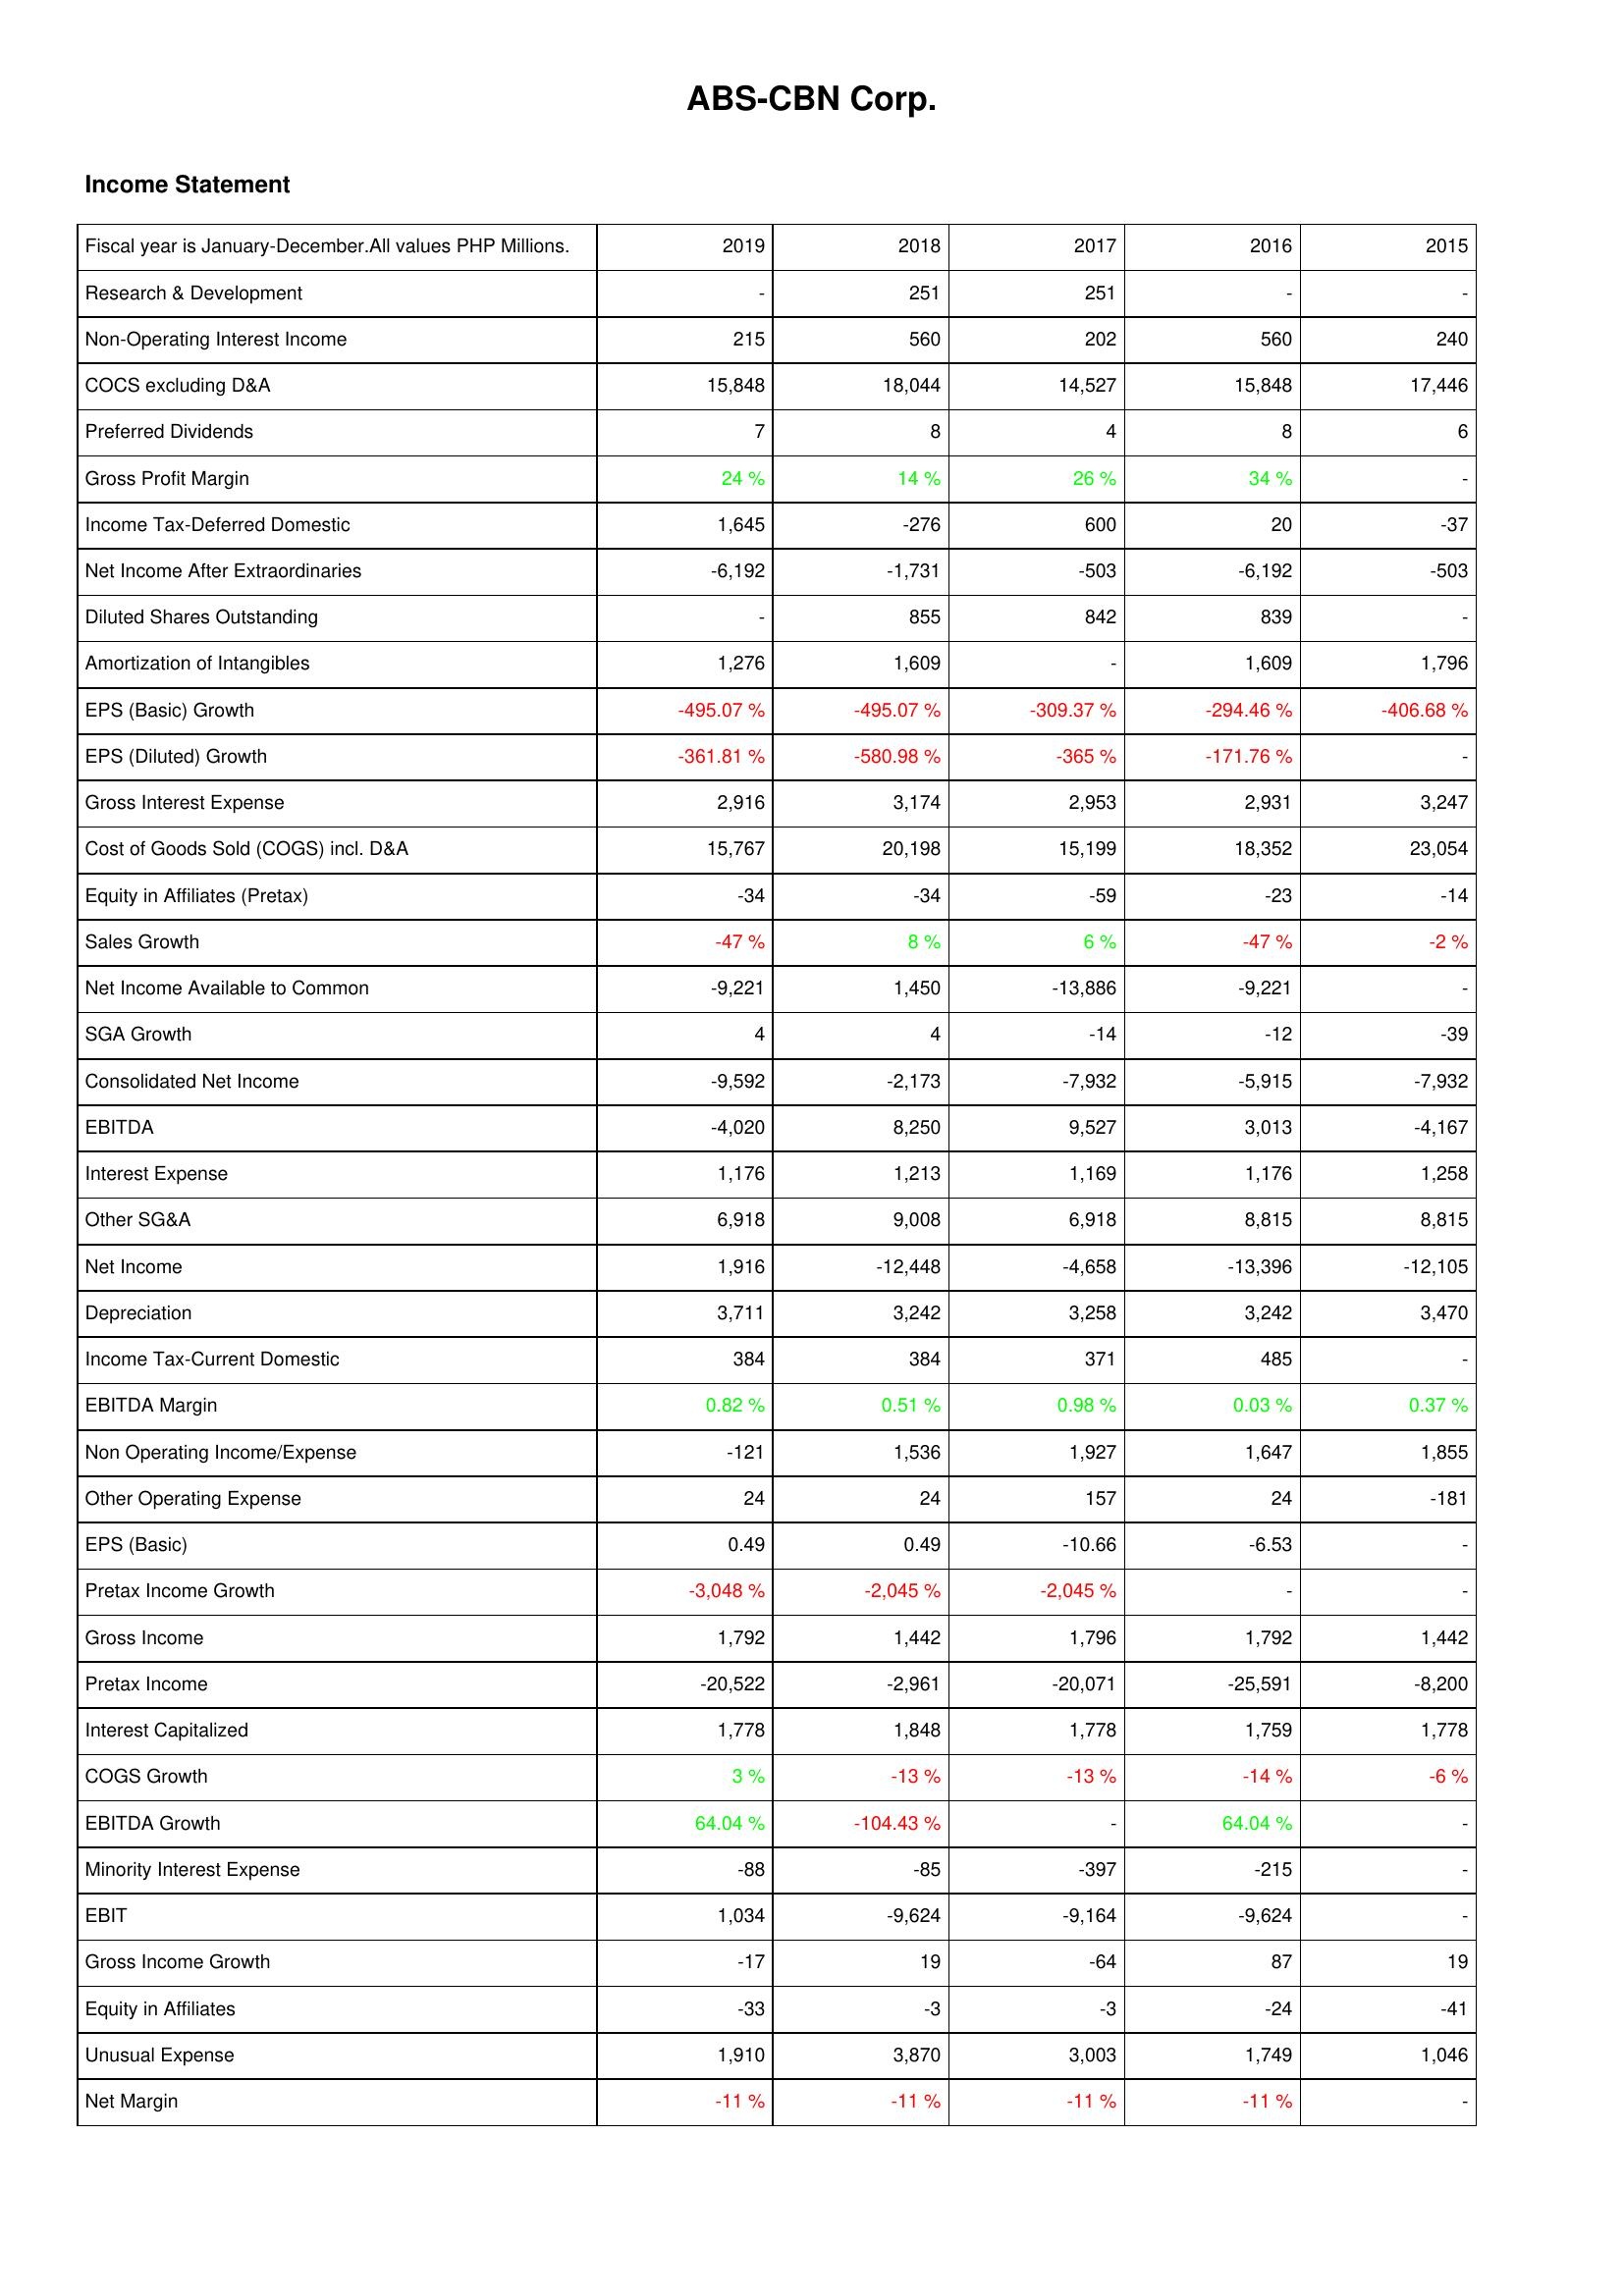
2019: Income Statement: Research & Development: -
Non-Operating Interest Income: 215
COCS excluding D&A: 15,848
Preferred Dividends: 7
Gross Profit Margin: 24 %
Income Tax-Deferred Domestic: 1,645
Net Income After Extraordinaries: -6,192
Diluted Shares Outstanding: -
Amortization of Intangibles: 1,276
EPS (Basic) Growth: -495.07 %
EPS (Diluted) Growth: -361.81 %
Gross Interest Expense: 2,916
Cost of Goods Sold (COGS) incl. D&A: 15,767
Equity in Affiliates (Pretax): -34
Sales Growth: -47 %
Net Income Available to Common: -9,221
SGA Growth: 4
Consolidated Net Income: -9,592
EBITDA: -4,020
Interest Expense: 1,176
Other SG&A: 6,918
Net Income: 1,916
Depreciation: 3,711
Income Tax-Current Domestic: 384
EBITDA Margin: 0.82 %
Non Operating Income/Expense: -121
Other Operating Expense: 24
EPS (Basic): 0.49
Pretax Income Growth: -3,048 %
Gross Income: 1,792
Pretax Income: -20,522
Interest Capitalized: 1,778
COGS Growth: 3 %
EBITDA Growth: 64.04 %
Minority Interest Expense: -88
EBIT: 1,034
Gross Income Growth: -17
Equity in Affiliates: -33
Unusual Expense: 1,910
Net Margin: -11 %
2018: Income Statement: Research & Development: 251
Non-Operating Interest Income: 560
COCS excluding D&A: 18,044
Preferred Dividends: 8
Gross Profit Margin: 14 %
Income Tax-Deferred Domestic: -276
Net Income After Extraordinaries: -1,731
Diluted Shares Outstanding: 855
Amortization of Intangibles: 1,609
EPS (Basic) Growth: -495.07 %
EPS (Diluted) Growth: -580.98 %
Gross Interest Expense: 3,174
Cost of Goods Sold (COGS) incl. D&A: 20,198
Equity in Affiliates (Pretax): -34
Sales Growth: 8 %
Net Income Available to Common: 1,450
SGA Growth: 4
Consolidated Net Income: -2,173
EBITDA: 8,250
Interest Expense: 1,213
Other SG&A: 9,008
Net Income: -12,448
Depreciation: 3,242
Income Tax-Current Domestic: 384
EBITDA Margin: 0.51 %
Non Operating Income/Expense: 1,536
Other Operating Expense: 24
EPS (Basic): 0.49
Pretax Income Growth: -2,045 %
Gross Income: 1,442
Pretax Income: -2,961
Interest Capitalized: 1,848
COGS Growth: -13 %
EBITDA Growth: -104.43 %
Minority Interest Expense: -85
EBIT: -9,624
Gross Income Growth: 19
Equity in Affiliates: -3
Unusual Expense: 3,870
Net Margin: -11 %
2017: Income Statement: Research & Development: 251
Non-Operating Interest Income: 202
COCS excluding D&A: 14,527
Preferred Dividends: 4
Gross Profit Margin: 26 %
Income Tax-Deferred Domestic: 600
Net Income After Extraordinaries: -503
Diluted Shares Outstanding: 842
Amortization of Intangibles: -
EPS (Basic) Growth: -309.37 %
EPS (Diluted) Growth: -365 %
Gross Interest Expense: 2,953
Cost of Goods Sold (COGS) incl. D&A: 15,199
Equity in Affiliates (Pretax): -59
Sales Growth: 6 %
Net Income Available to Common: -13,886
SGA Growth: -14
Consolidated Net Income: -7,932
EBITDA: 9,527
Interest Expense: 1,169
Other SG&A: 6,918
Net Income: -4,658
Depreciation: 3,258
Income Tax-Current Domestic: 371
EBITDA Margin: 0.98 %
Non Operating Income/Expense: 1,927
Other Operating Expense: 157
EPS (Basic): -10.66
Pretax Income Growth: -2,045 %
Gross Income: 1,796
Pretax Income: -20,071
Interest Capitalized: 1,778
COGS Growth: -13 %
EBITDA Growth: -
Minority Interest Expense: -397
EBIT: -9,164
Gross Income Growth: -64
Equity in Affiliates: -3
Unusual Expense: 3,003
Net Margin: -11 %
2016: Income Statement: Research & Development: -
Non-Operating Interest Income: 560
COCS excluding D&A: 15,848
Preferred Dividends: 8
Gross Profit Margin: 34 %
Income Tax-Deferred Domestic: 20
Net Income After Extraordinaries: -6,192
Diluted Shares Outstanding: 839
Amortization of Intangibles: 1,609
EPS (Basic) Growth: -294.46 %
EPS (Diluted) Growth: -171.76 %
Gross Interest Expense: 2,931
Cost of Goods Sold (COGS) incl. D&A: 18,352
Equity in Affiliates (Pretax): -23
Sales Growth: -47 %
Net Income Available to Common: -9,221
SGA Growth: -12
Consolidated Net Income: -5,915
EBITDA: 3,013
Interest Expense: 1,176
Other SG&A: 8,815
Net Income: -13,396
Depreciation: 3,242
Income Tax-Current Domestic: 485
EBITDA Margin: 0.03 %
Non Operating Income/Expense: 1,647
Other Operating Expense: 24
EPS (Basic): -6.53
Pretax Income Growth: -
Gross Income: 1,792
Pretax Income: -25,591
Interest Capitalized: 1,759
COGS Growth: -14 %
EBITDA Growth: 64.04 %
Minority Interest Expense: -215
EBIT: -9,624
Gross Income Growth: 87
Equity in Affiliates: -24
Unusual Expense: 1,749
Net Margin: -11 %
2015: Income Statement: Research & Development: -
Non-Operating Interest Income: 240
COCS excluding D&A: 17,446
Preferred Dividends: 6
Gross Profit Margin: -
Income Tax-Deferred Domestic: -37
Net Income After Extraordinaries: -503
Diluted Shares Outstanding: -
Amortization of Intangibles: 1,796
EPS (Basic) Growth: -406.68 %
EPS (Diluted) Growth: -
Gross Interest Expense: 3,247
Cost of Goods Sold (COGS) incl. D&A: 23,054
Equity in Affiliates (Pretax): -14
Sales Growth: -2 %
Net Income Available to Common: -
SGA Growth: -39
Consolidated Net Income: -7,932
EBITDA: -4,167
Interest Expense: 1,258
Other SG&A: 8,815
Net Income: -12,105
Depreciation: 3,470
Income Tax-Current Domestic: -
EBITDA Margin: 0.37 %
Non Operating Income/Expense: 1,855
Other Operating Expense: -181
EPS (Basic): -
Pretax Income Growth: -
Gross Income: 1,442
Pretax Income: -8,200
Interest Capitalized: 1,778
COGS Growth: -6 %
EBITDA Growth: -
Minority Interest Expense: -
EBIT: -
Gross Income Growth: 19
Equity in Affiliates: -41
Unusual Expense: 1,046
Net Margin: -